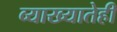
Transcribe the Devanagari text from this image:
व्याख्यातेही